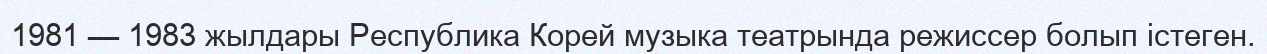
1981 — 1983 жылдары Республика Корей музыка театрында режиссер болып істеген.